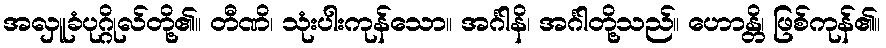
အလှူခံပုဂ္ဂိုလ်တို့၏။ တီဏိ၊ သုံးပါးကုန်သော။ အင်္ဂါနိ၊ အင်္ဂါတို့သည်။ ဟောန္တိ၊ ဖြစ်ကုန်၏။